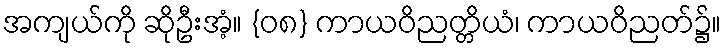
အကျယ်ကို ဆိုဦးအံ့။ {၀၈} ကာယဝိညတ္တိယံ၊ ကာယဝိညတ်၌။